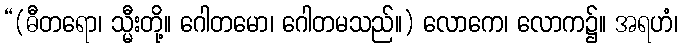
“(ဓီတရော၊ သ္မီးတို့။ ဂေါတမော၊ ဂေါတမသည်။) လောကေ၊ လောက၌။ အရဟံ၊